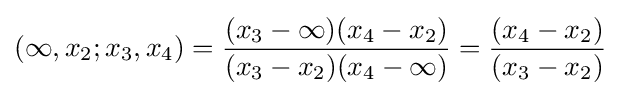
(\infty ,x_{2};x_{3},x_{4})={\frac {(x_{3}-\infty )(x_{4}-x_{2})}{(x_{3}-x_{2})(x_{4}-\infty )}}={\frac {(x_{4}-x_{2})}{(x_{3}-x_{2})}}